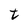
Character: t